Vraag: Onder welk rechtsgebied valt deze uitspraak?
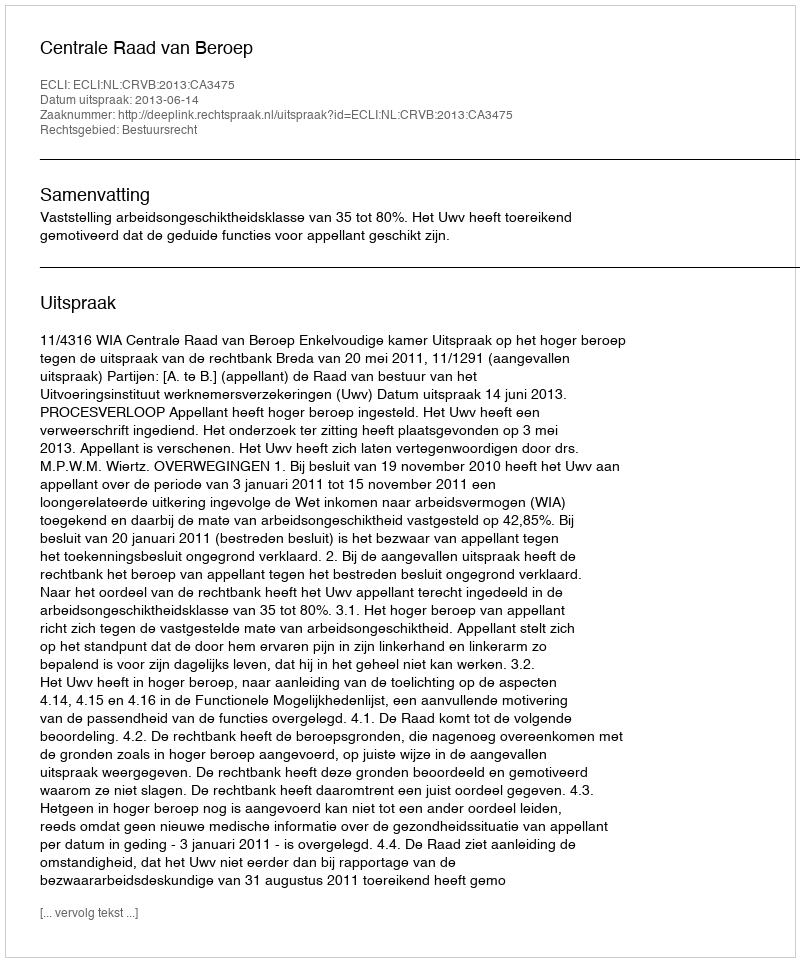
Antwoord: Bestuursrecht